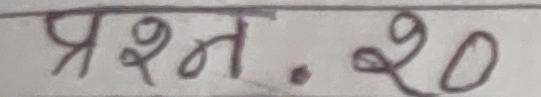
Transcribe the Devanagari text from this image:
प्रश्न. २०